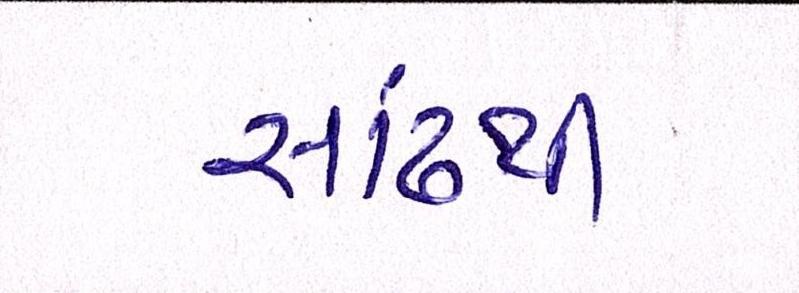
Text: સાંઢથી